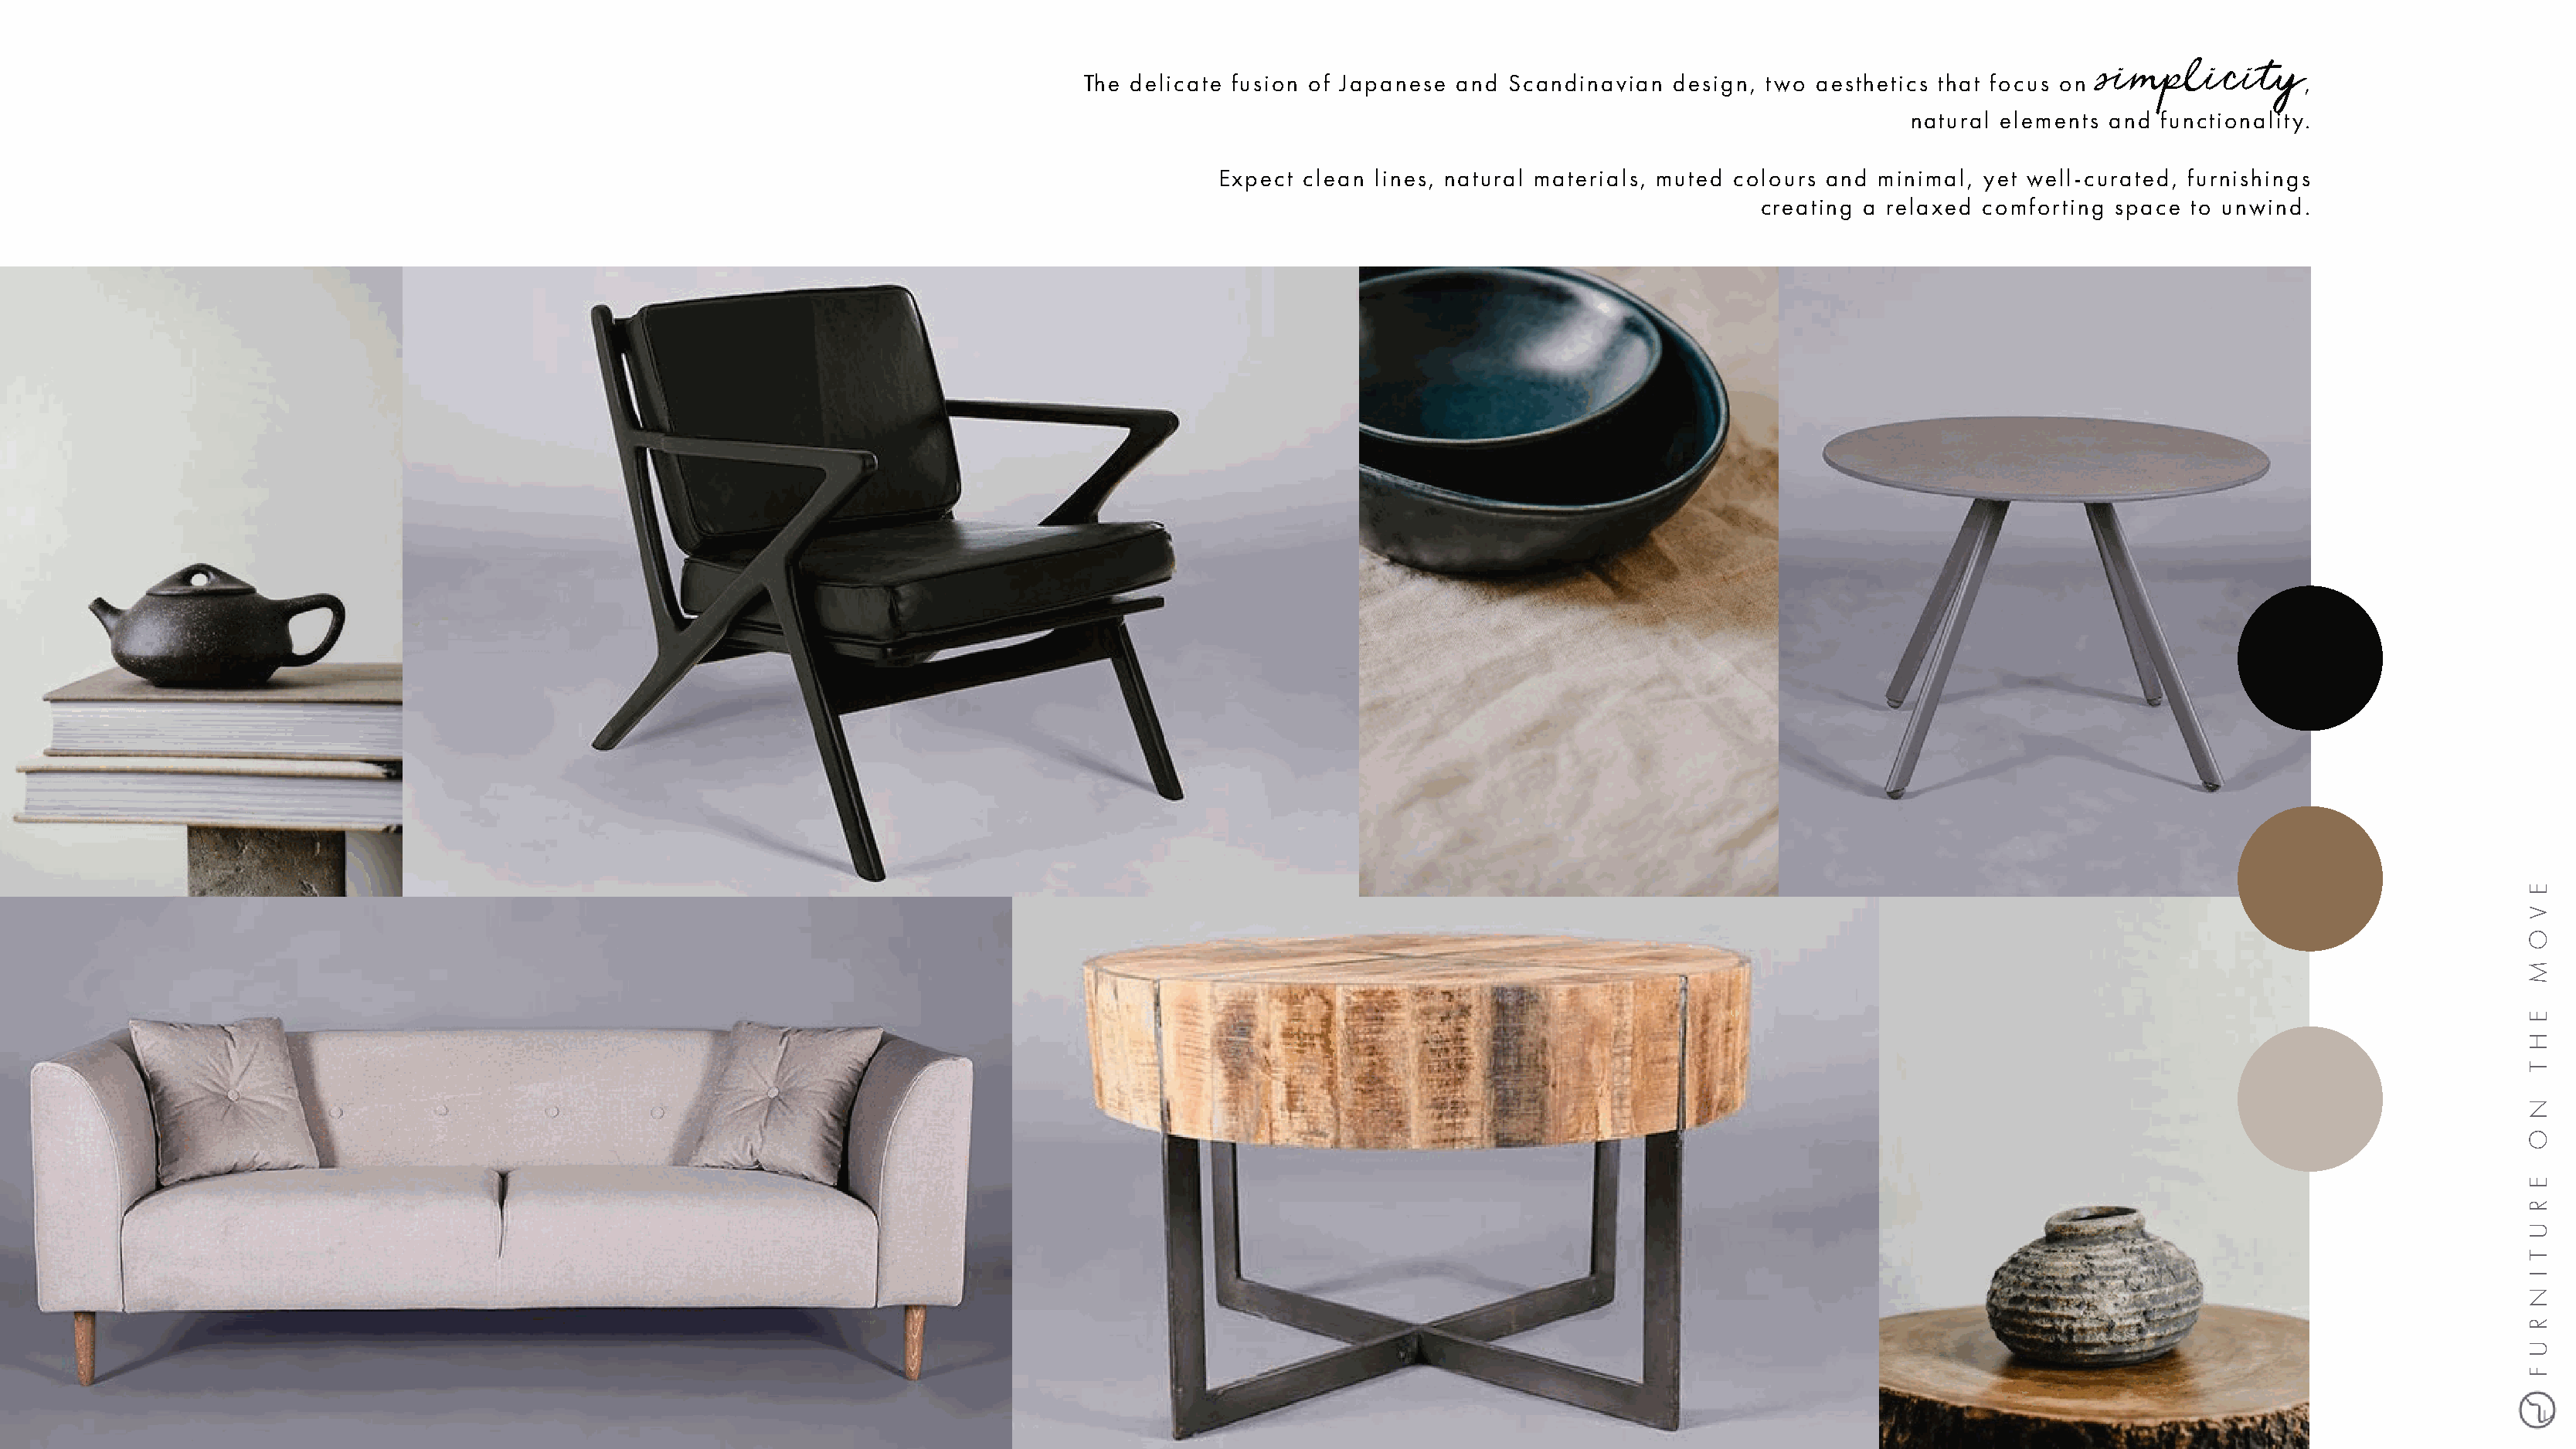
simplicity
 The delicate fusion of Japanese and Scandinavian  design, two  aesthetics that focus on                 ,
 natural elements and functionality.
 Expect  clean lines, natural materials, muted colours and minimal, yet well-curated, furnishings
 creating a relaxed comforting space  to unwind.
 E
 V
 O
 M
 E
 H
 T
 N
 O
 E
 R
 U
 T
 I
 N
 R
 U
 F